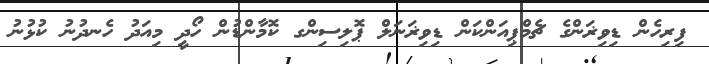
ފިރިހެން ޑިވިޜަންގެ ޗެމްޕިއަންކަން ޑިވިޜަނަލް ޕޮލިސިންގ ކޮމާންޑުން ހޯދީ މިއަދު ހެނދުނު ކުޅުނު